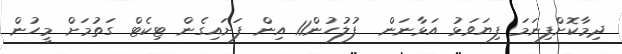
ދިމާކޮށްފިނަމަ ފިޔަވަޅު އަޅާނަން  ފުލުހުން11 އިން ފަށައިގެން ޓިކެޓް ގަތުމަށް މީހުން